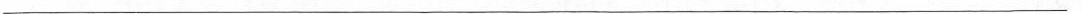
___